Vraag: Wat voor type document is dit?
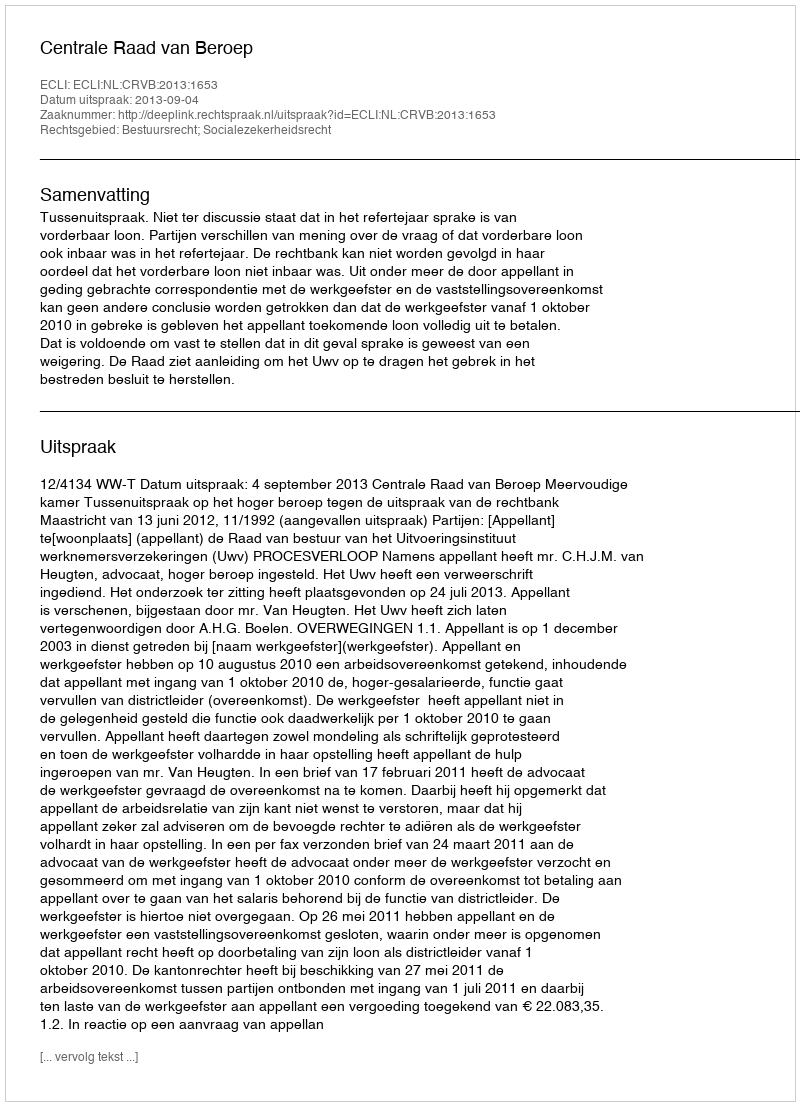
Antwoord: Uitspraak